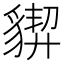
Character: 𧳳